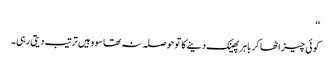
‘‘
کوئی چیز اٹھا کر باہر پھینک دینے کا تو حوصلہ نہ تھا سو وہیں ترتیب دیتی رہی۔